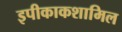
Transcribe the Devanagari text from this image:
इपीकाकशामिल